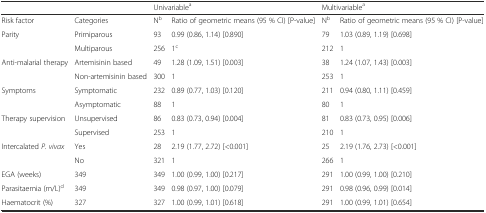
|  |  | <COLSPAN=2> Univariablea | <COLSPAN=2> Multivariablea |
 | --- | --- | --- | --- | --- | --- |
 | Risk factor | Categories | Nb | Ratio of geometric means (95 % CI) [P-value] | Nb | Ratio of geometric means (95 % CI) [P-value] |
 | <ROWSPAN=2> Parity | Primiparous | 93 | 0.99 (0.86, 1.14) [0.890] | 79 | 1.03 (0.89, 1.19) [0.698] |
 | Multiparous | 256 | 1c | 212 | 1 |
 | <ROWSPAN=2> Anti-malarial therapy | Artemisinin based | 49 | 1.28 (1.09, 1.51) [0.003] | 38 | 1.24 (1.07, 1.43) [0.003] |
 | Non-artemisinin based | 300 | 1 | 253 | 1 |
 | <ROWSPAN=2> Symptoms | Symptomatic | 232 | 0.89 (0.77, 1.03) [0.120] | 211 | 0.94 (0.80, 1.11) [0.459] |
 | Asymptomatic | 88 | 1 | 80 | 1 |
 | <ROWSPAN=2> Therapy supervision | Unsupervised | 86 | 0.83 (0.73, 0.94) [0.004] | 81 | 0.83 (0.73, 0.95) [0.006] |
 | Supervised | 253 | 1 | 210 | 1 |
 | <ROWSPAN=2> Intercalated P. vivax | Yes | 28 | 2.19 (1.77, 2.72) [<0.001] | 25 | 2.19 (1.76, 2.73) [<0.001] |
 | No | 321 | 1 | 266 | 1 |
 | EGA (weeks) | 349 | 349 | 1.00 (0.99, 1.00) [0.217] | 291 | 1.00 (0.99, 1.00) [0.210] |
 | Parasitaemia (m/L)d | 349 | 349 | 0.98 (0.97, 1.00) [0.079] | 291 | 0.98 (0.96, 0.99) [0.014] |
 | Haematocrit (%) | 327 | 327 | 1.00 (0.99, 1.01) [0.618] | 291 | 1.00 (0.99, 1.01) [0.654] |